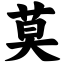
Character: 莫